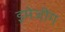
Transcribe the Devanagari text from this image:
इमेजींग